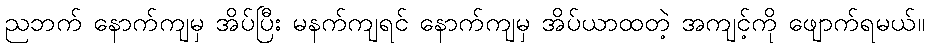
ညဘက် နောက်ကျမှ အိပ်ပြီး မနက်ကျရင် နောက်ကျမှ အိပ်ယာထတဲ့ အကျင့်ကို ဖျောက်ရမယ်။